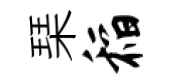
琹稻